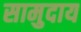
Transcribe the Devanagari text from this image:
सामुदाय